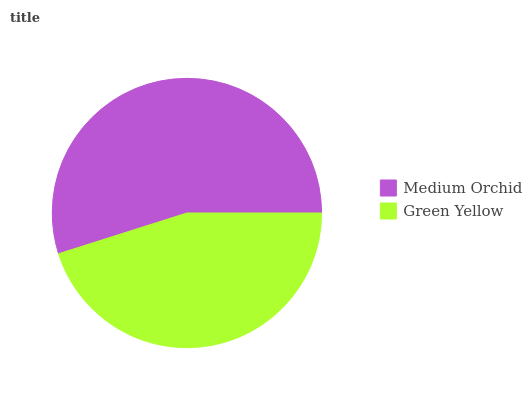
| Medium Orchid | Green Yellow |
 | --- | --- |
 | 54.9% | 45.1% |